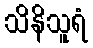
သိနိသူရံ